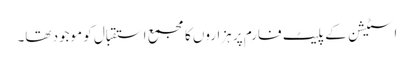
اسٹیشن کے پلیٹ فارم پر ہزاروں کا مجمع استقبال کو موجود تھا۔